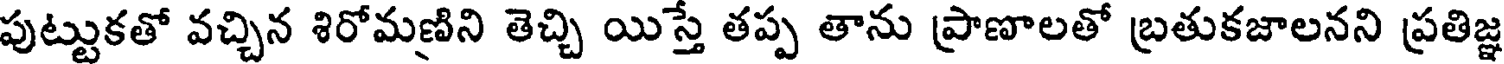
పుట్టుకతో వచ్చిన శిరోమణిని తెచ్చి యిస్తే తప్ప తాను ప్రాణాలతో బ్రతుకజాలనని ప్రతిజ్ఞ